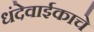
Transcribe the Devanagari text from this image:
धंदेवाईकाचे